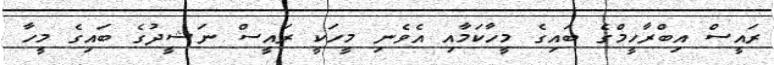
ރައީސް އިބްރާހީމްގެ ބައިގެ މީހާކަމާއި އެވެނި މީހަކީ ރައީސް ނަޝީދުގެ ބައިގެ މީހާ